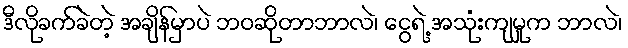
ဒီလိုခက်ခဲတဲ့ အချိန်မှာပဲ ဘဝဆိုတာဘာလဲ၊ ငွေရဲ့ အသုံးကျမှုက ဘာလဲ၊